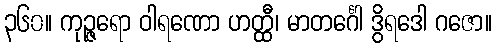
၃၆၀။ ကုဉ္ဇရော ဝါရဏော ဟတ္ထီ၊ မာတင်္ဂေါ ဒွိရဒေါ ဂဇော။